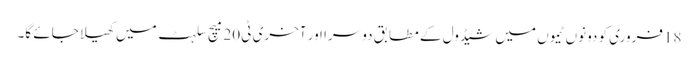
18فروری کو دونوں ٹیموں میں شیڈول کے مطابق دوسرا اور آخری ٹی 20 میچ سلہٹ میں کھیلا جائے گا۔